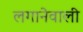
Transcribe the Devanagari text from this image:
लगानेवाली